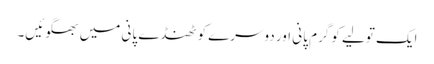
ایک تولیے کو گرم پانی اور دوسرے کو ٹھنڈے پانی میں بھگوئیں۔